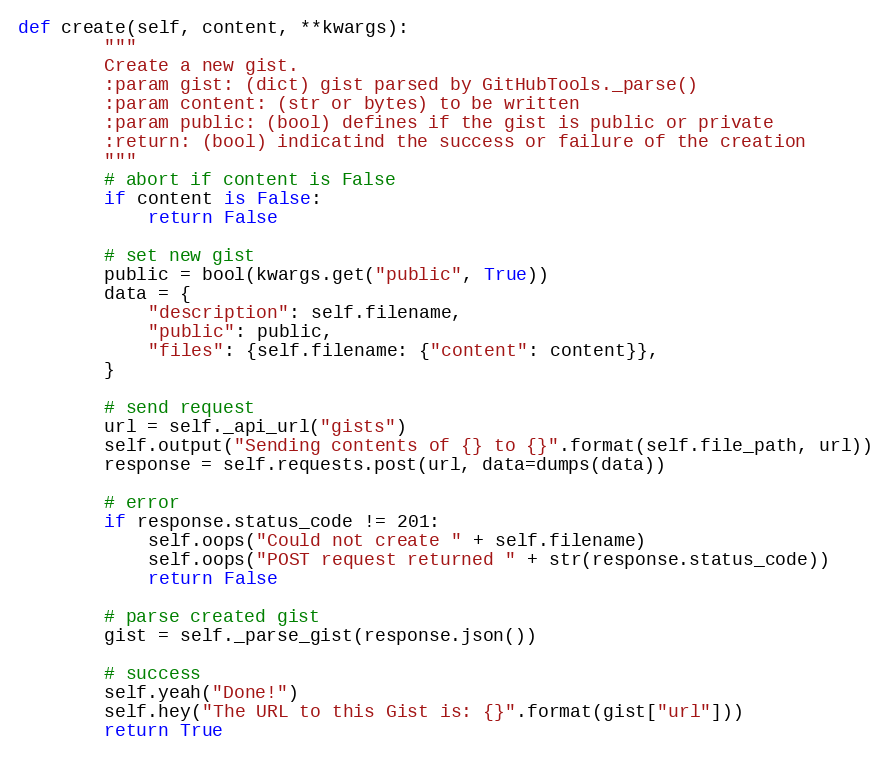
Language: Python
def create(self, content, **kwargs):
        """
        Create a new gist.
        :param gist: (dict) gist parsed by GitHubTools._parse()
        :param content: (str or bytes) to be written
        :param public: (bool) defines if the gist is public or private
        :return: (bool) indicatind the success or failure of the creation
        """
        # abort if content is False
        if content is False:
            return False

        # set new gist
        public = bool(kwargs.get("public", True))
        data = {
            "description": self.filename,
            "public": public,
            "files": {self.filename: {"content": content}},
        }

        # send request
        url = self._api_url("gists")
        self.output("Sending contents of {} to {}".format(self.file_path, url))
        response = self.requests.post(url, data=dumps(data))

        # error
        if response.status_code != 201:
            self.oops("Could not create " + self.filename)
            self.oops("POST request returned " + str(response.status_code))
            return False

        # parse created gist
        gist = self._parse_gist(response.json())

        # success
        self.yeah("Done!")
        self.hey("The URL to this Gist is: {}".format(gist["url"]))
        return True